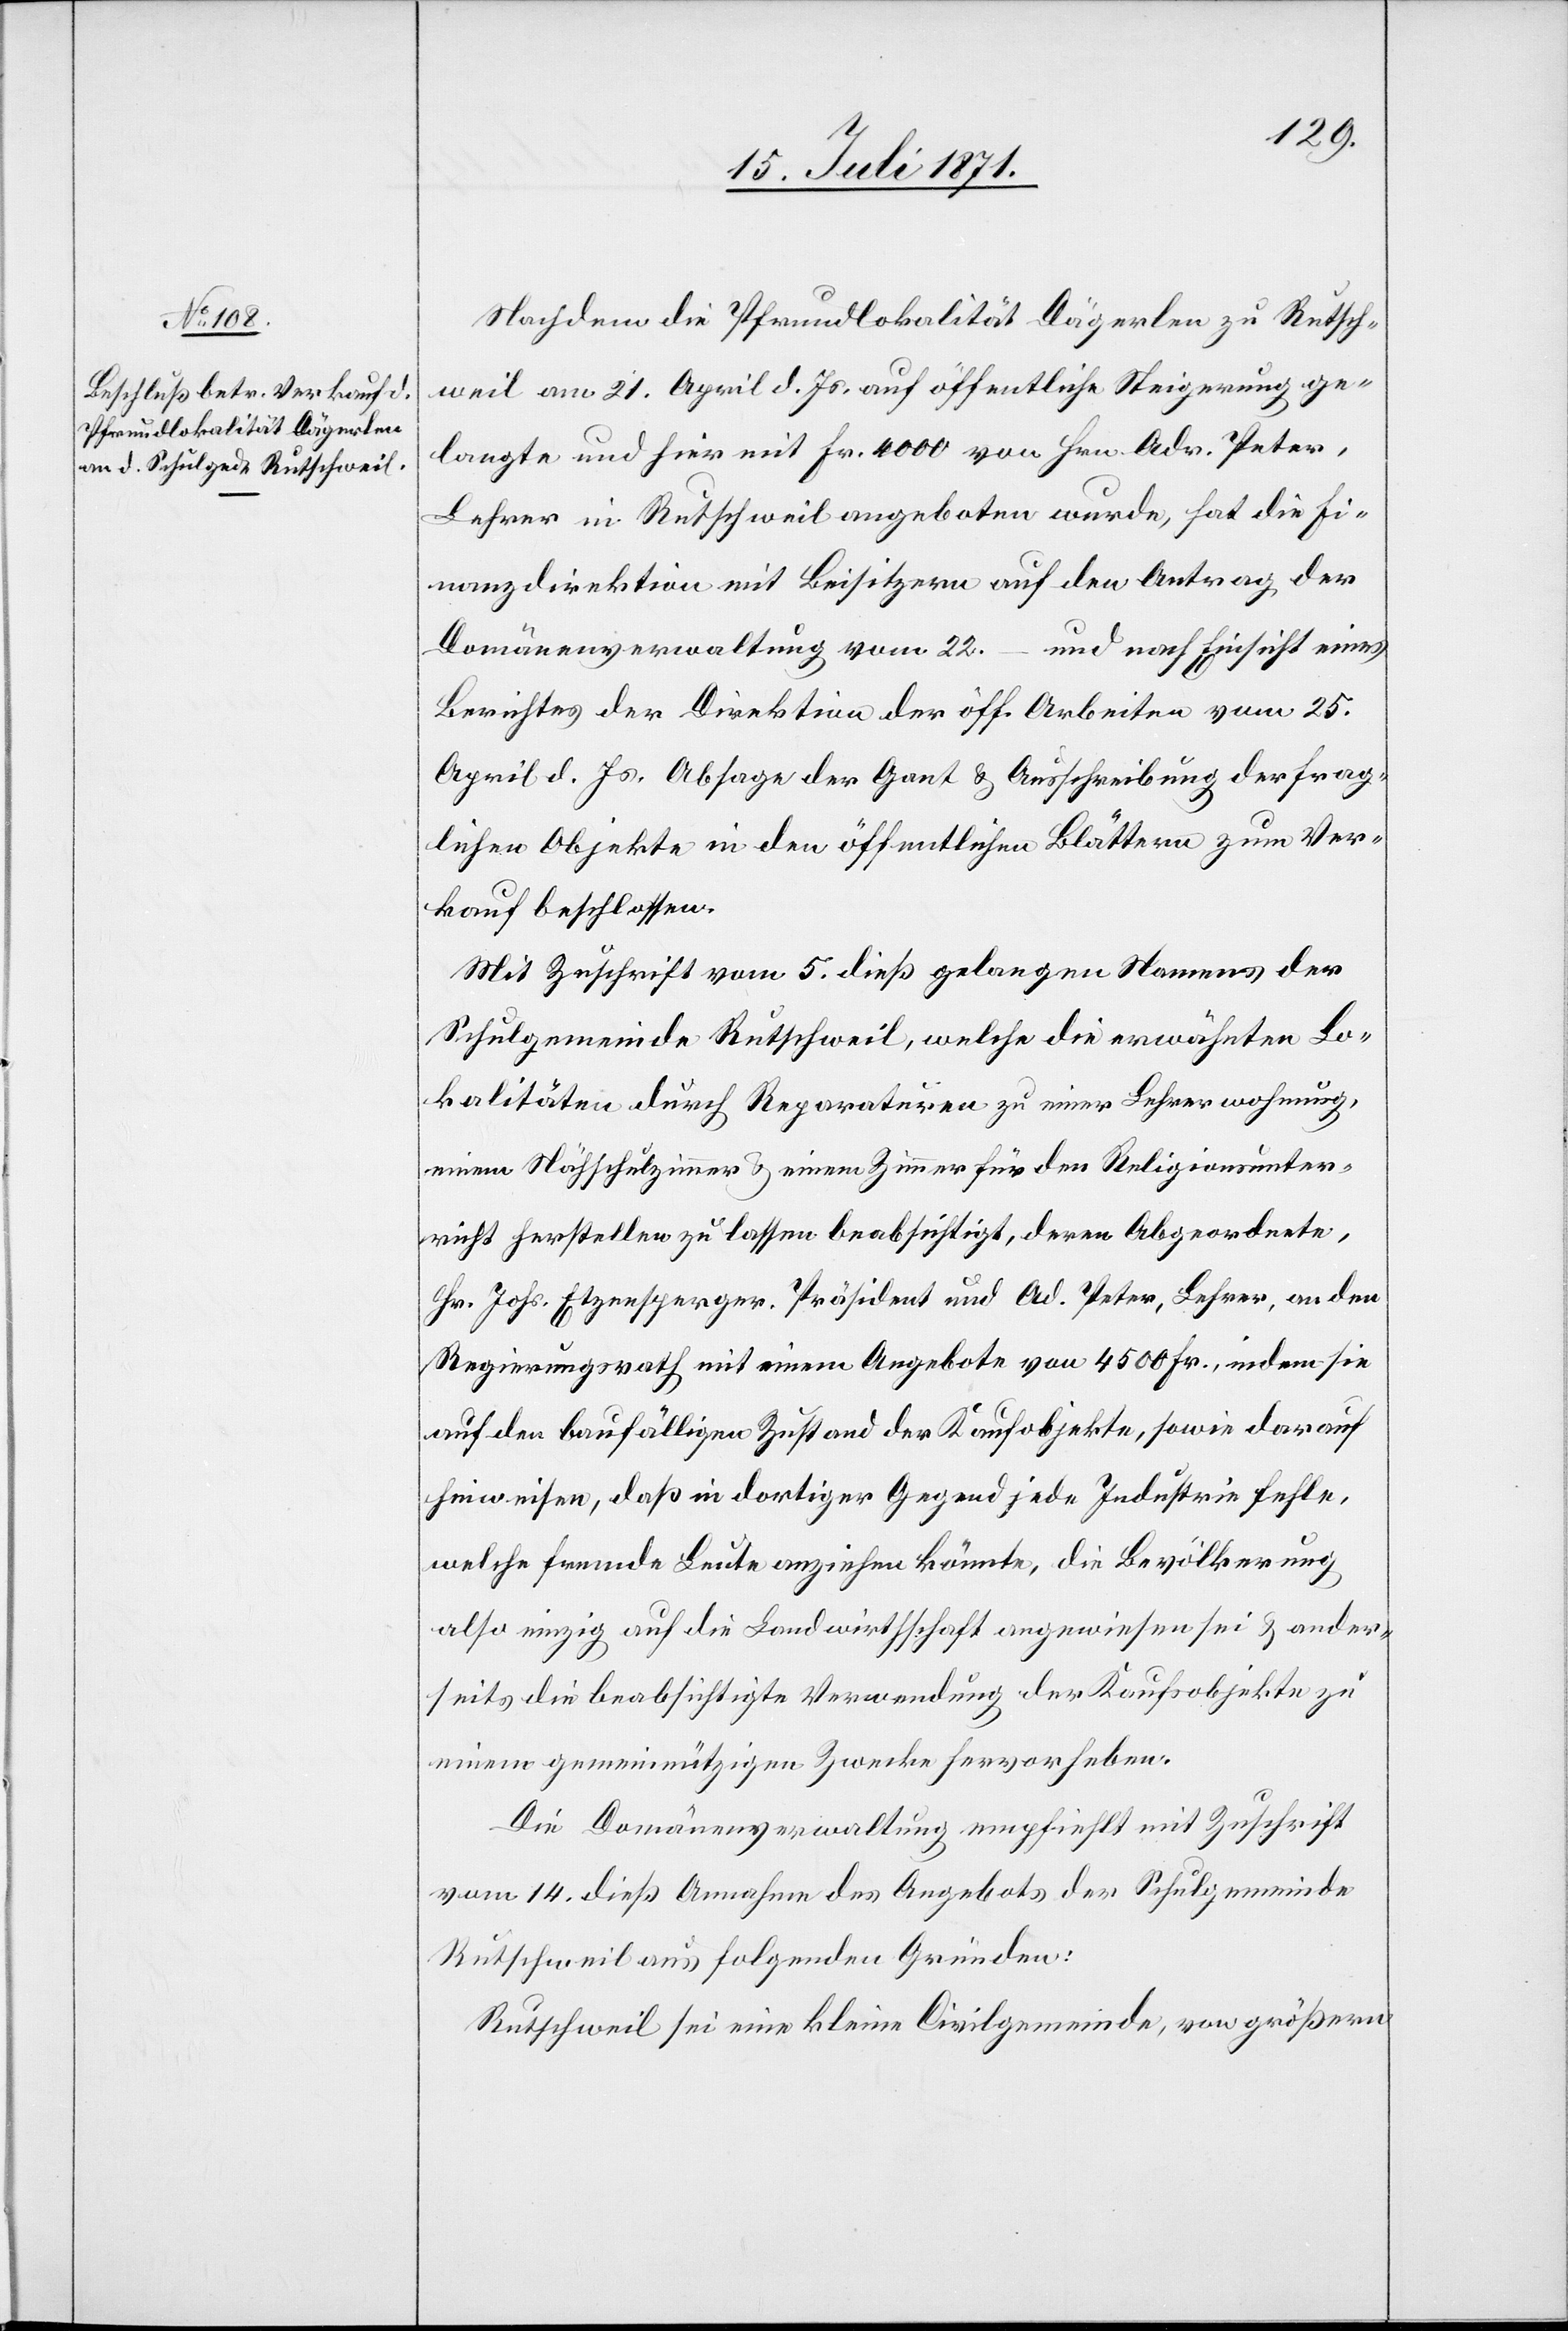
Nachdem die Pfundlokalität Dägerlen zu Rutsch¬
weil am 21. April d. Js. auf öffentliche Steigerung ge¬
langte und hier mit Fr. 4000 von Hrn. Adr. Peter,
Lehrer in Rutschweil angeboten wurde, hat die Fi¬
nanzdirektion mit Beisitzern auf den Antrag der
Domänenverwaltung vom 22. – und nach Einsicht eines
Berichtes der Direktion der öff. Arbeiten vom 25.
April d. Js. Absage der Gant u. Ausschreibung der frag¬
lichen Objekte in den öffentlichen Blättern zum Ver¬
kauf beschlossen.
Mit Zuschrift vom 5. dieß gelangen Namens der
Schulgemeinde Rutschweil, welche die erwähnten Lo¬
kalitäten durch Reparaturen zu einer Lehrerwohnung,
einem Nähschulzimmer u. einem Zimmer für den Religionsunter¬
richt herstellen zu lassen beabsichtigt, deren Abgeordnete,
Hr. Johs. Etzensperger, Präsident und Ad. Peter, Lehrer, an den
Regierungsrath mit einem Angebote von 4500 Fr., indem sie
auf den baufälligen Zustand der Kaufobjekte, sowie darauf
hinweisen, daß in dortiger Gegend jede Industrie fehle,
welche fremde Leute anziehen könnte, die Bevölkerung
also einzig auf die Landwirthschaft angewiesen sei u. ander¬
seits die beabsichtigte Verwendung der Kaufobjekte zu
einem gemeinnützigen Zwecke hervorheben.
Die Domänenverwaltung empfiehlt mit Zuschrift
vom 14. dieß Annahme des Angebots der Schulgemeinde
Rutschweil aus folgenden Gründen:
Rutschweil sei eine kleine Civilgemeinde, von größern